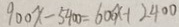
9 0 0 x - 5 4 0 0 = 6 0 0 x + 2 4 0 0